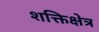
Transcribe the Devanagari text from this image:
शक्तिक्षेत्र